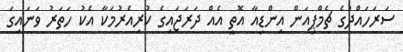
ސަރަހައްދުގެ ޗެމްޕިއަން އިންޑިއާ އޮތީ އެއް ދަރަޖައިގެ ކުރިއެރުމަކާ އެކު ހަތަރު ވަނައިގަ